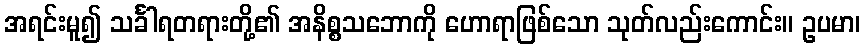
အရင်းမူ၍ သင်္ခါရတရားတို့၏ အနိစ္စသဘောကို ဟောရာဖြစ်သော သုတ်လည်းကောင်း။ ဥပမာ၊